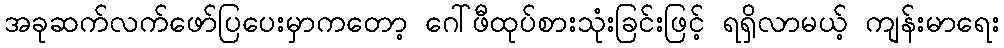
အခုဆက်လက်ဖော်ပြပေးမှာကတော့ ဂေါ်ဖီထုပ်စားသုံးခြင်းဖြင့် ရရှိလာမယ့် ကျန်းမာရေး